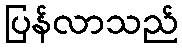
ပြန်လာသည်